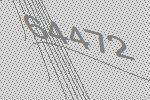
64472